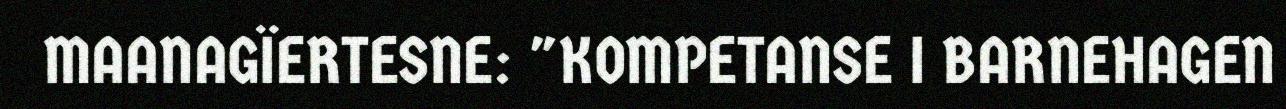
MAANAGÏERTESNE: "KOMPETANSE I BARNEHAGEN